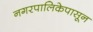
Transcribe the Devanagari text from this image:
नगरपालिकेपासून